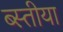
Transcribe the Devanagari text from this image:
ब्स्तीया